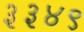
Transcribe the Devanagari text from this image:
३३४९